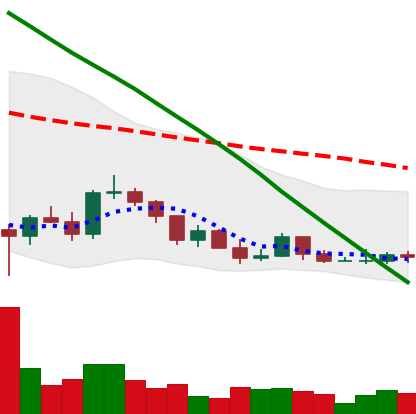
Ticker: ADA-USD
Chart end date: 2022-03-15
Forward return: 9.636%
Label: up_7plus